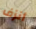
أنزف